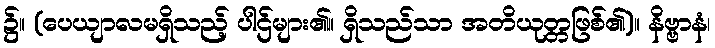
၌။ (ပေယျာလမရှိသည့် ပါဌ်များ၏။ ရှိသည်သာ အတိယုတ္တဖြစ်၏)။ နိဗ္ဗာနံ၊